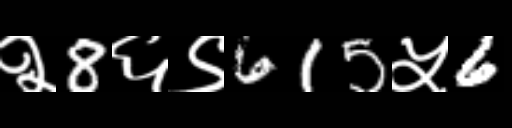
Text: २8६९615५6